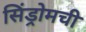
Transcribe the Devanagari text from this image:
सिंड्रोमची